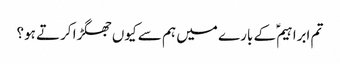
تم ابراہیمؑ کے بارے میں ہم سے کیوں جھگڑا کرتے ہو؟